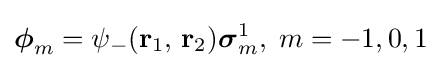
{\boldsymbol {\phi }}_{m}=\psi _{-}(\mathbf {r} _{1},\,\mathbf {r} _{2}){\boldsymbol {\sigma }}_{m}^{1},\;m=-1,0,1